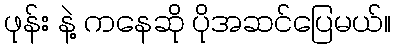
ဖုန်း နဲ့ ကနေဆို ပိုအဆင်ပြေမယ်။